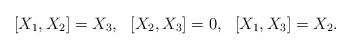
LaTeX: \begin{align*}[X_1,X_2]=X_3,~~[X_2,X_3]=0,~~[X_1,X_3]=X_2.\end{align*}